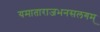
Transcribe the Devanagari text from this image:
यमाताराजभनसलगम्